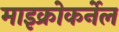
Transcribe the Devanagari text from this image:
माइक्रोकर्नेल